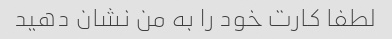
لطفا کارت خود را به من نشان دهید